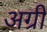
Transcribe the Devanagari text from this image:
अग्री